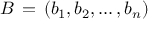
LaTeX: B \, = \, ( b _ { 1 } , b _ { 2 } , \dots , b _ { n } )